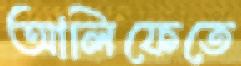
আলিফেতে